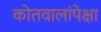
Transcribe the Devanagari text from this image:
कोतवालांपेक्षा